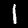
Digit: 1